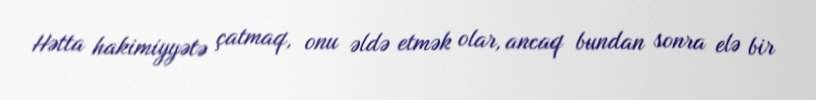
Hətta hakimiyyətə çatmaq, onu əldə etmək olar, ancaq bundan sonra elə bir